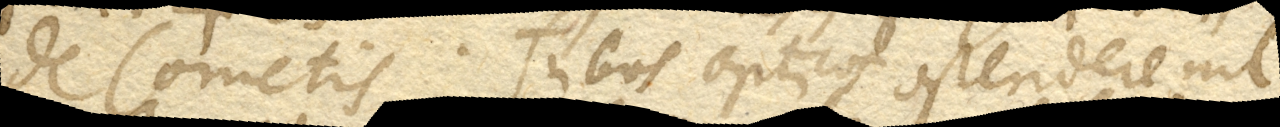
de Cometis. Tubos opticos ostendere nil